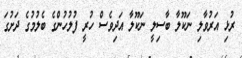
ރުޅި އަރުވާލި ނަކޫލާ ބާސިލީ ނަކޫލާ އަދިވެސް ހުރީ ފުލުހުންގެ ބެލުމުގެ ދަށުގަ